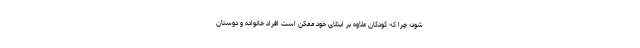
شود؛ چرا که کودکان علاوه بر ابتلای خود ممکن است افراد خانواده و دوستان